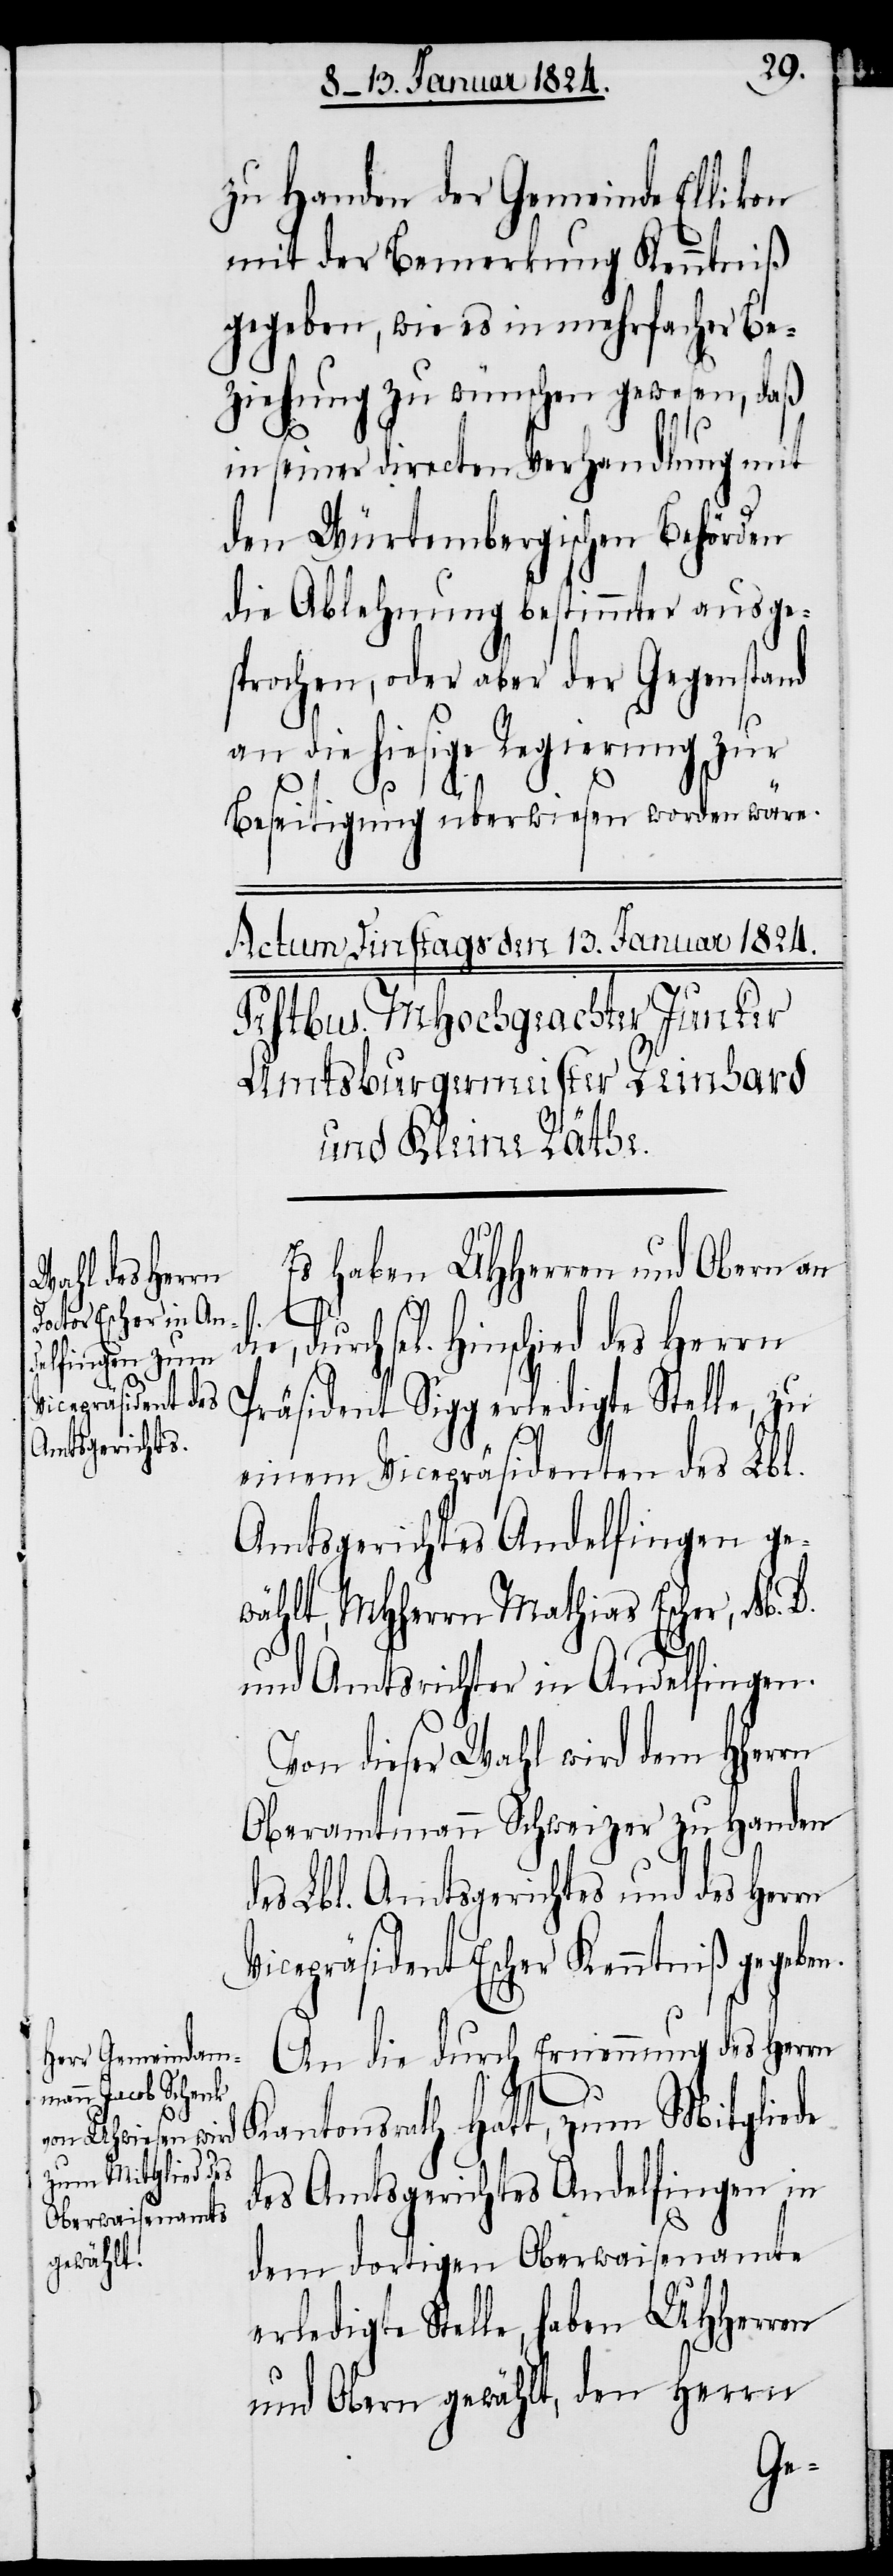
zu Handen der Gemeinde Ellikon
mit der Bemerkung Kenntniß
gegeben, wie es in mehrfacher Be¬
ziehung zu wünschen gewesen, daß
in seiner directen Verhandlung mit
den Würtembergischen Behörden
die Ablehnung bestimmter ausge¬
sprochen, oder aber der Gegenstand
an die hiesige Regierung zur
Beseitigung überwiesen worden wäre.
Es haben UHHerren und Obern an
die, durch sel. Hinschied des Herrn
Präsident Sigg erledigte Stelle, zu
einem Vicepräsidenten des Lbl.
Amtsgerichtes Andelfingen ge¬
wählt, MHHerrn Mathias Escher, M. D.
und Amtsrichter in Andelfingen.
Von dieser Wahl wird dem HHerrn
Vicepräsident Escher Kenntniß gegeben.
An die durch Ernennung des Herrn
Kantonsrath Hatt, zum Mitgliede
des Amtsgerichtes Andelfingen in
dem dortigen Oberwaisenamte
erledigte Stelle, haben UHHerren
und Obern gewählt, den Herrn